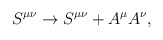
\begin{align*}S^{\mu \nu} \rightarrow S^{\mu \nu} + A^{\mu}A^{\nu} ,\end{align*}